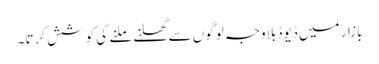
بازار میں ڈیوڈ بلاوجہ لوگوں سے گھلنے ملنے کی کوشش کرتا۔